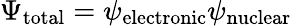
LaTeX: \Psi_{\mathrm{total}}=\psi_{\mathrm{electronic}}\psi_{\mathrm{nuclear}}